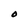
Character: O